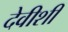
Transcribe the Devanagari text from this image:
देवीशी